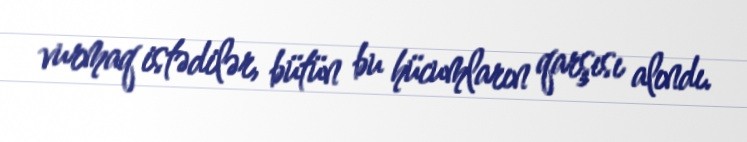
vurmaq istədilər, bütün bu hücumların qarşısı alındı.